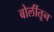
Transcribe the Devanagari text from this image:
बोलींतून